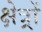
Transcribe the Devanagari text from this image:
क्षेत्र्रों